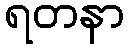
ရတနာ